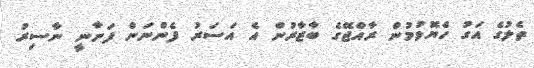
ތެލުގެ އަގު ހެޔޮވުމުން ރާއްޖޭގެ ބާޒާރުން އެ އަސަރު ފެންނަން ފަށާނީ ނާސިރު